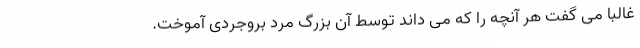
غالباً می گفت هر آنچه را كه می داند توسط آن بزرگ مرد بروجردی آموخت.